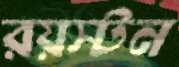
রয়স্টন